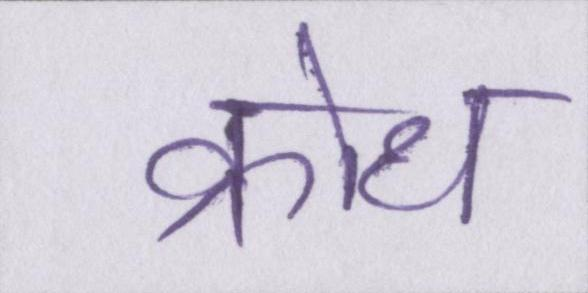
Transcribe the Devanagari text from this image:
क्रोध